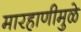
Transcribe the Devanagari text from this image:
मारहाणीमुळे